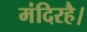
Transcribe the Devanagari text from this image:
मंदिरहै।